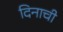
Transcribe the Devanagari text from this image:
दिनाची